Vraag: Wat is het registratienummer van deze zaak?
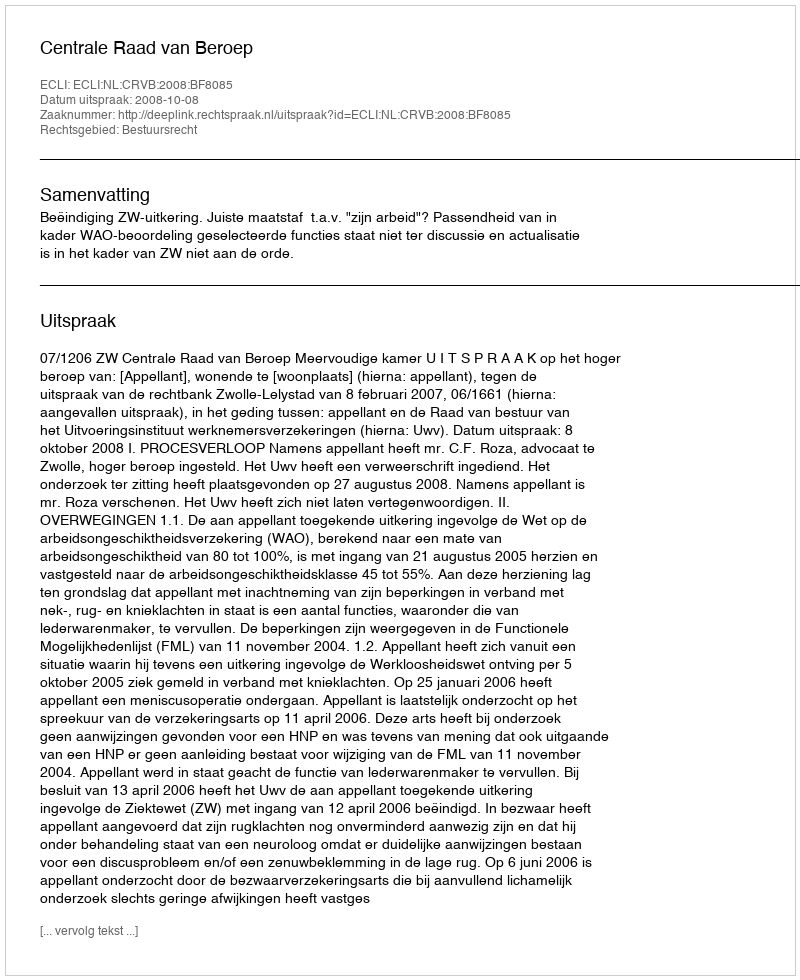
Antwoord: http://deeplink.rechtspraak.nl/uitspraak?id=ECLI:NL:CRVB:2008:BF8085